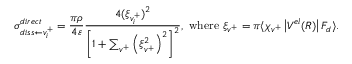
\sigma _ { d i s s \leftarrow { v _ { i } ^ { + } } } ^ { d i r e c t } = \frac { \pi \rho } { 4 \varepsilon } \frac { 4 ( \xi _ { { v } _ { i } ^ { + } } ) ^ { 2 } } { \left[ 1 + \sum _ { v ^ { + } } \left( \xi _ { v ^ { + } } ^ { 2 } \right) ^ { 2 } \right] ^ { 2 } } , \, \, \mathrm { w h e r e } \, \, \xi _ { v ^ { + } } = \pi \langle \chi _ { v ^ { + } } \left\vert V ^ { e l } ( R ) \right\vert F _ { d } \rangle .